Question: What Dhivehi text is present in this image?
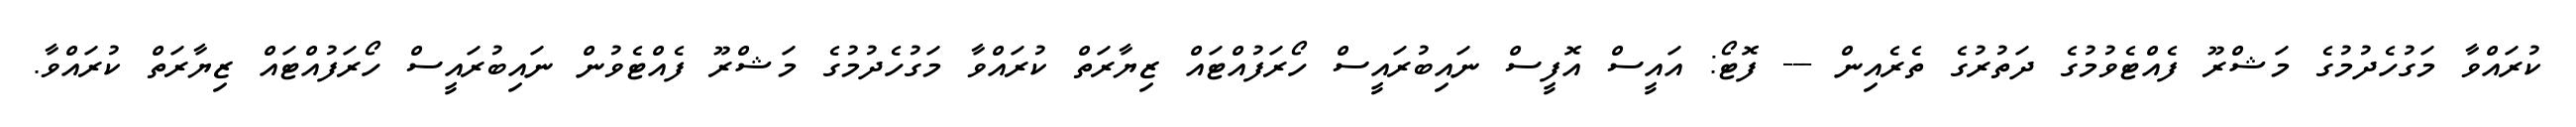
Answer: ކުރައްވާ މަގުހެދުމުގެ މަޝްރޫ ފެއްޓެވުމުގެ ދަތުރުގެ ތެރެއިން --- ފޮޓޯ: އައީސް އޮފީސް ނައިބުރައީސް ހޯރަފުއްޓައް ޒިޔާރަތް ކުރައްވާ މަގުހެދުމުގެ މަޝްރޫ ފެއްޓެވުން ނައިބުރައީސް ހޯރަފުއްޓައް ޒިޔާރަތް ކުރައްވާ.